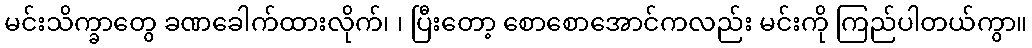
မင်းသိက္ခာတွေ ခဏခေါက်ထားလိုက်၊ ၊ ပြီးတော့ စောစောအောင်ကလည်း မင်းကို ကြည်ပါတယ်ကွာ။